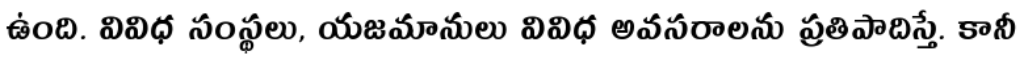
ఉంది. వివిధ సంస్థలు, యజమానులు వివిధ అవసరాలను ప్రతిపాదిస్తే. కానీ